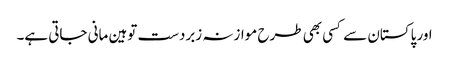
اور پاکستان سے کسی بھی طرح موازنہ زبردست توہین مانی جاتی ہے۔